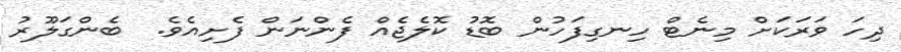
ދިހަ ވަރަކަށް މިނެޓް ހިނގިފަހުން ބޮޑު ކޮލެޖެއް ފެންނަން ފެށިއެވެ.  ބެންގަލޫރު